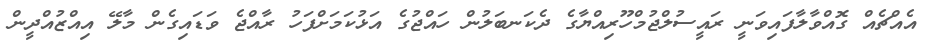
އެއްޗެއް ގޮއްވާލާފައިވަނީ ރައީސުލްޖުމްހޫރިއްޔާގެ ދެކަނބަލުން ހައްޖުގެ އަޅުކަމަށްފަހު ރާއްޖެ ވަޑައިގެން މާލޭ އިއްޒުއްދީން